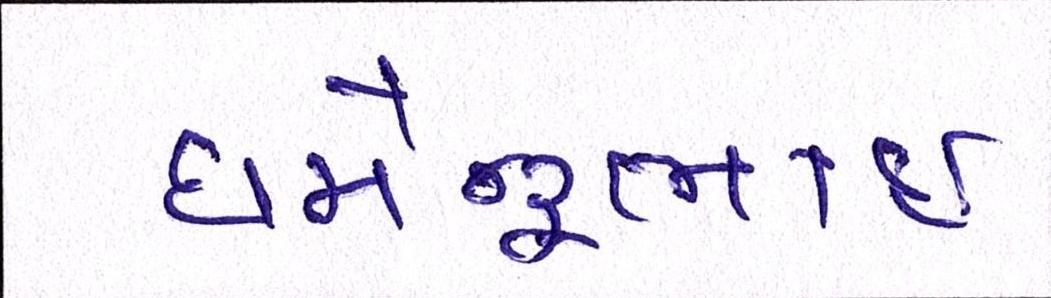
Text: ધર્મેન્દ્રભાઇ